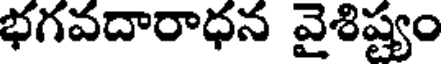
భగవదారాధన వైశిష్యం